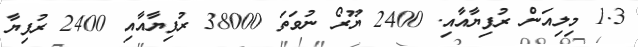
1.3 މިލިއަން ރުފިޔާއާއި. 2400 ޔޫރޯ ނުވަތަ 38000 ރުފިޔާއާއި 2400 ރުފިޔާ